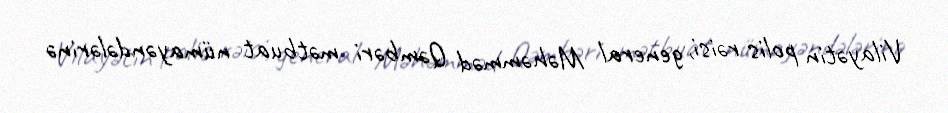
Vilayətin polis rəisi, general Məhəmməd Qəmbəri mətbuat nümayəndələrinə